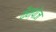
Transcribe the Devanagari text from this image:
कैम्पोज